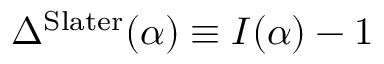
\Delta ^ { \mathrm { S l a t e r } } ( \alpha ) \equiv I ( \alpha ) - 1